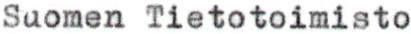
Suomen Tietotoimisto